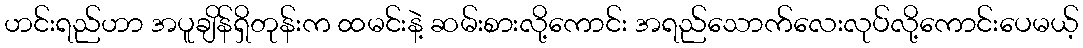
ဟင်းရည်ဟာ အပူချိန်ရှိတုန်းက ထမင်းနဲ့ ဆမ်းစားလို့ကောင်း အရည်သောက်လေးလုပ်လို့ကောင်းပေမယ့်